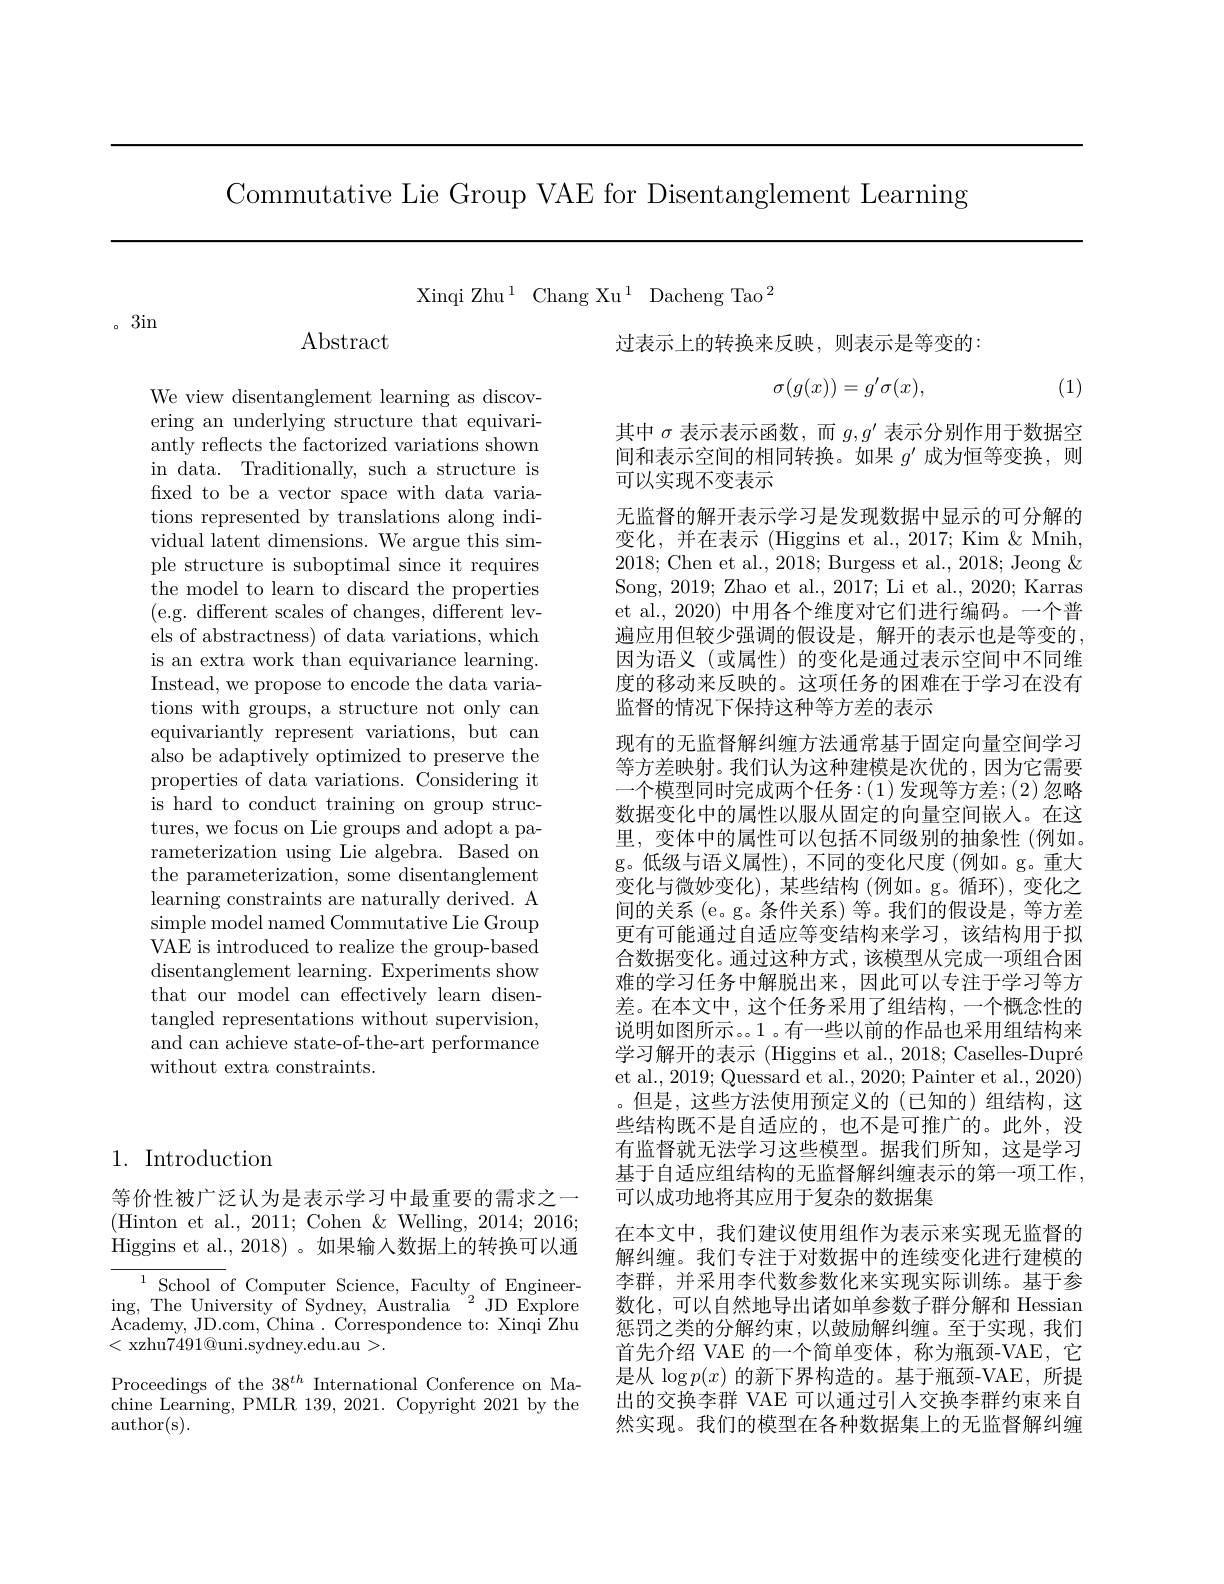
Commutative Lie Group VAE for Disentanglement Learning

Xinqi Zhu$^1$Chang Xu$^1$Dacheng Tao$^2$

。3in

$\operatorname{Abstract}$

We view disentanglement learning as discovering an underlying structure that equivariantly reflects the factorized variations shown in data. Traditionally, such a structure is fixed to be a vector space with data variations represented by translations along individual latent dimensions. We argue this simple structure is suboptimal since it requires the model to learn to discard the properties (e.g. different scales of changes, different levels of abstractness) of data variations, which is an extra work than equivariance learning. Instead, we propose to encode the data variations with groups, a structure not only can equivariantly represent variations, but can also be adaptively optimized to preserve the properties of data variations. Considering it is hard to conduct training on group structures, we focus on Lie groups and adopt a parameterization using Lie algebra. Based on the parameterization, some disentanglement learning constraints are naturally derived. A simple model named Commutative Lie Group VAE is introduced to realize the group-based disentanglement learning. Experiments show that our model can effectively learn disentangled representations without supervision, and can achieve state-of-the-art performance without extra constraints.

## 1. Introduction

等价性被广泛认为是表示学习中最重要的需求之一(Hinton et al., 2011; Cohen & Welling, 2014; 2016; Higgins et al., 2018) 。如果输入数据上的转换可以通

$^{1}$School of Computer Science, Faculty of Engineering, The University of Sydney, Australia $^{\mathrm{``}}$ JD Explore Academy, JD.com, China . Correspondence to: Xinqi Zhu < xzhu$7491@$uni.sydney.edu.au>.

Proceedings of the 38$^{th}$ International Conference on Machine Learning, PMLR 139, 2021. Copyright 2021 by the author(s).

过表示上的转换来反映，则表示是等变的：
$$\sigma(g(x))=g'\sigma(x),$$
(1)

其中$\sigma$表示表示函数，而$g,g^\prime$表示分别作用于数据空间和表示空间的相同转换。如果$g^\prime$成为恒等变换，则可以实现不变表示
无监督的解开表示学习是发现数据中显示的可分解的变化，并在表示 (Higgins et al., 2017; Kim & Mnih, 2018; Chen et al., 2018; Burgess et al., 2018; Jeong & Song, 2019; Zhao et al., 2017; Li et al., 2020; Karras et al., 2020) 中用各个维度对它们进行编码。一个普遍应用但较少强调的假设是，解开的表示也是等变的， 因为语义 (或属性)的变化是通过表示空间中不同维度的移动来反映的。这项任务的困难在于学习在没有监督的情况下保持这种等方差的表示
现有的无监督解纠缠方法通常基于固定向量空间学习等方差映射。我们认为这种建模是次优的，因为它需要一个模型同时完成两个任务：(1)发现等方差；(2)忽略数据变化中的属性以服从固定的向量空间嵌入。在这里，变体中的属性可以包括不同级别的抽象性(例如。g。低级与语义属性),不同的变化尺度 (例如。g。重大变化与微妙变化),某些结构(例如。g。循环),变化之间的关系 (e。g。条件关系) 等。我们的假设是，等方差更有可能通过自适应等变结构来学习，该结构用于拟合数据变化。通过这种方式，该模型从完成一项组合困难的学习任务中解脱出来，因此可以专注于学习等方差。在本文中，这个任务采用了组结构，一个概念性的说明如图所示。。1 。有一些以前的作品也采用组结构来学习解开的表示 (Higgins et al., 2018; Caselles-Dupré et al., 2019; Quessard et al., 2020; Painter et al., 2020) 。但是，这些方法使用预定义的(已知的)组结构，这些结构既不是自适应的，也不是可推广的。此外，没有监督就无法学习这些模型。据我们所知，这是学习基于自适应组结构的无监督解纠缠表示的第一项工作， 可以成功地将其应用于复杂的数据集
在本文中，我们建议使用组作为表示来实现无监督的解纠缠。我们专注于对数据中的连续变化进行建模的李群，并采用李代数参数化来实现实际训练。基于参数化，可以自然地导出诸如单参数子群分解和 Hessian 惩罚之类的分解约束，以鼓励解纠缠。至于实现，我们首先介绍 VAE 的一个简单变体，称为瓶颈-VAE,它是从$\log p(x)$的新下界构造的。基于瓶颈-VAE,所提出的交换李群 VAE 可以通过引人交换李群约束来自然实现。我们的模型在各种数据集上的无监督解纠缠